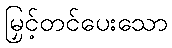
မြှင့်တင်ပေးသော